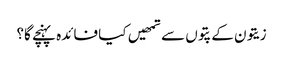
زیتون کے پتوں سے تمھیں کیا فائدہ پہنچے گا؟